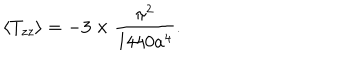
\langle T _ { z z } \rangle = - 3 \times \frac { \pi ^ { 2 } } { 1 4 4 0 a ^ { 4 } } .